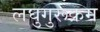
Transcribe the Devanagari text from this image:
लघुगुरूक्रम